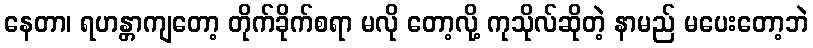
နေတာ၊ ရဟန္တာကျတော့ တိုက်ခိုက်စရာ မလို တော့လို့ ကုသိုလ်ဆိုတဲ့ နာမည် မပေးတော့ဘဲ